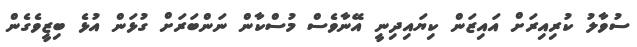
ސުވާލު ކުރިއިރަށް އައިޒަން ކިޔައިދިނީ އޭނާވެސް މުސްކާން ނަންބަރަށް ގުޅަން އުޅެ ބިޒީވެގެން